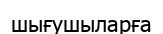
шығушыларға